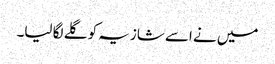
میں نے اسے شازیہ کو گلے لگا لیا۔